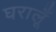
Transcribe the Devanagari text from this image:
घरालूँ